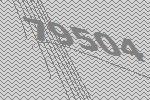
79504